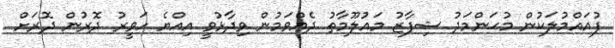
ފުއައްމުލަކުން މުޙަންމަދު ޝިފާޒު މައުލޫމާތު ދެއްވަމުން ވިދާޅުވީ އިއްޔެ ހަވީރު ދޮރުން ދޮރަށް